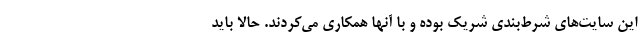
این سایت‌های شرط‌بندی شریک بوده و با آنها همکاری می‌کردند. حالا باید